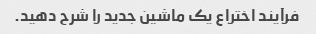
فرآیند اختراع یک ماشین جدید را شرح دهید.